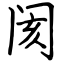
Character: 阂